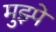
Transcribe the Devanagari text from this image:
मुझ्पे